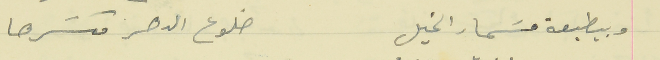
وبيطبعة مسَمار الخيل                                        ضلوع الدهر مكسَرها